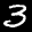
Label: 3